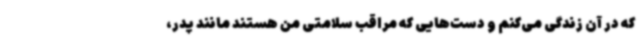
که در آن زندگی می‌کنم و دست‌هایی که مراقب سلامتی من هستند مانند پدر،